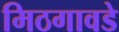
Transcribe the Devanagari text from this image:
मिठगावडे